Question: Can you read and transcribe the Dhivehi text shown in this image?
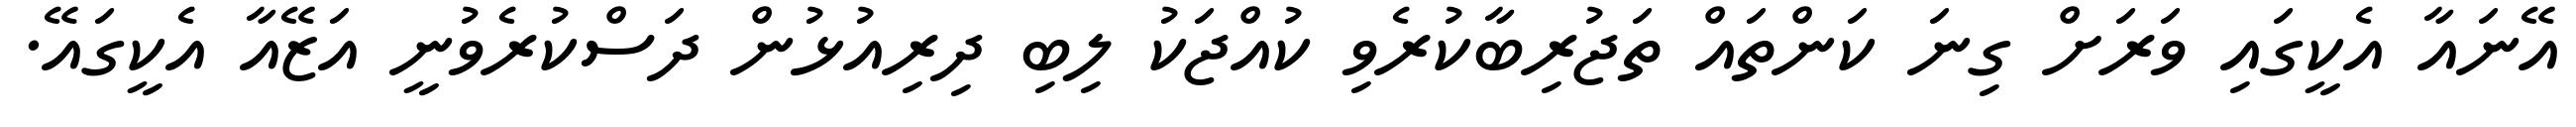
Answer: އޭނައާ އެކީގައި ވަރަށް ގިނަ ކަންތައް ތަޖުރިބާކުރެވި ކުއްޖަކު ލިބި ދިރިއުޅުން ދަސްކުރެވުނީ އަޒޭއާ އެކީގައޭ.